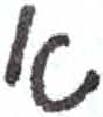
אות: א